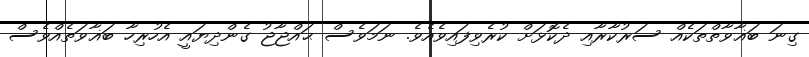
ގިނަ ބަޣާވާތްތަކެއް ސަރުކާރާއި ދެކޮޅަށް ކުރެވިފައިވެއެވެ. ނަމަވެސް ޙައްޖާޖު ގެންދިޔައީ އެހުރިހާ ބަޣާވަތެއްވެސް